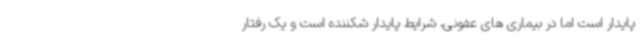
پایدار است اما در بیماری های عفونی، شرایط پایدار شکننده است و یک رفتار